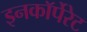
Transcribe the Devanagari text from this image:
इनकाॅर्पेरेट